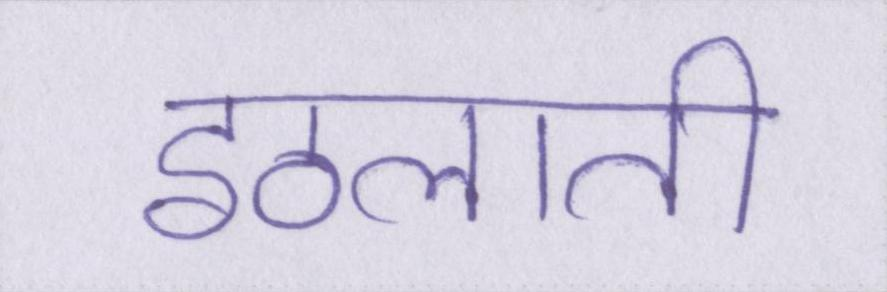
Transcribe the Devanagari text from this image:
इठलाती